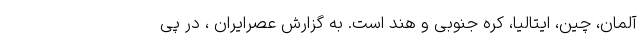
آلمان، چین، ایتالیا، کره جنوبی و هند است. به گزارش عصرایران ، در پی